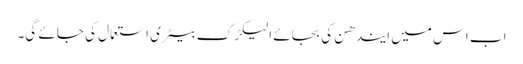
اب اس میں ایندھن کی بجائے الیکڑک بیٹری استعمال کی جائے گی۔